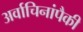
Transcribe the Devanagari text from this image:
अर्वाचिनांपैकी